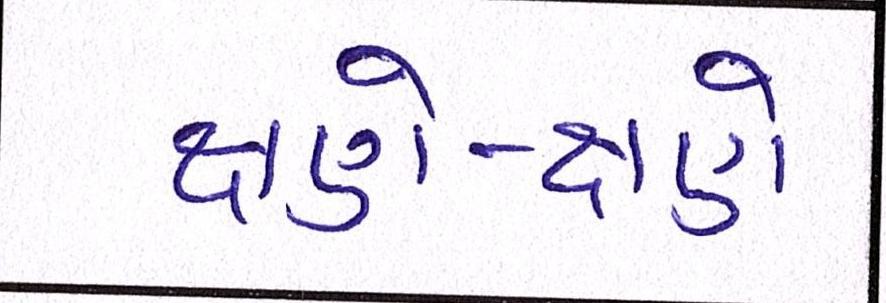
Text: ક્ષણે-ક્ષણે